Indian Civil Veterinary Department memoirs
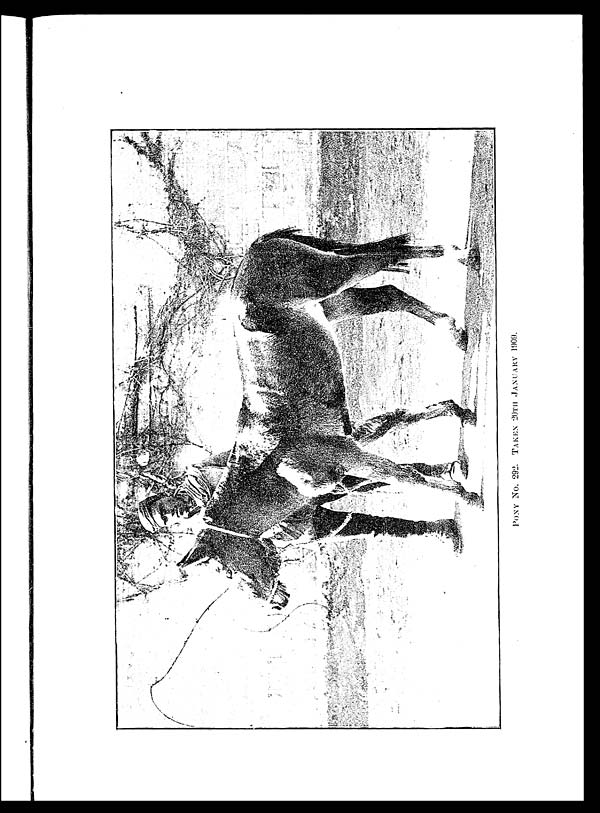
PONY
No. 292. TAKEN 20TH JANUARY 1909.